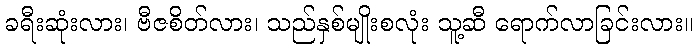
ခရီးဆုံးလား၊ ဗီဇစိတ်လား၊ သည်နှစ်မျိုးစလုံး သူ့ဆီ ရောက်လာခြင်းလား။